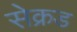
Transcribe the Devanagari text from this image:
सेक्रड